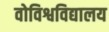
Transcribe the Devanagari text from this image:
वोविश्वविद्यालय